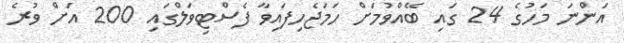
އަންނަ މަހުގެ 24 ގައި ބޭއްވުމަށް ހަމަޖެހިފައިވާ ފެސްޓިވަލްގައި 200 އަށް ވުރެ